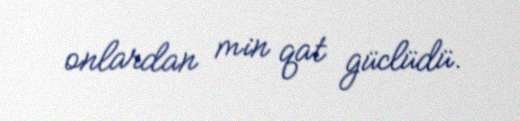
onlardan min qat güclüdü.